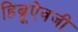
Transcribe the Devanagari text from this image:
हिब्रूऐवजी